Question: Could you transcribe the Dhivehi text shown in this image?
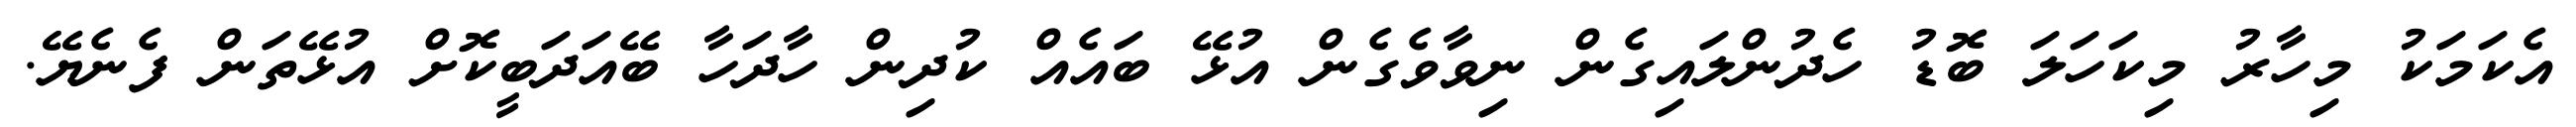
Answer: އެކަމަކު މިހާރު މިކަހަލަ ބޮޑު ހެދުންލައިގެން ނިވާވެގެން އުޅޭ ބައެއް ކުދިން ހާދަހާ ބޭއަދަބީކޮށް އުޅޭތަން ފެނެޔޭ.